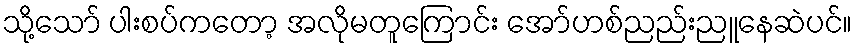
သို့သော် ပါးစပ်ကတော့ အလိုမတူကြောင်း အော်ဟစ်ညည်းညူနေဆဲပင်။